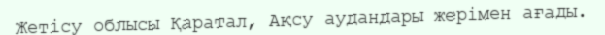
Жетісу облысы Қаратал, Ақсу аудандары жерімен ағады.